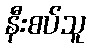
နီးစပ်သူ